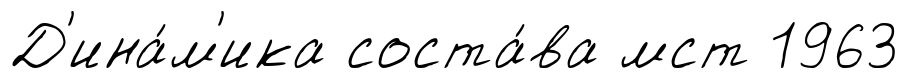
Д'ина́м'ика соста́ва мст 1963